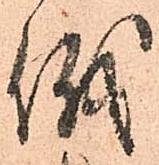
儀